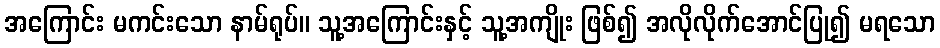
အကြောင်း မကင်းသော နာမ်ရုပ်။ သူ့အကြောင်းနှင့် သူ့အကျိုး ဖြစ်၍ အလိုလိုက်အောင်ပြု၍ မရသော